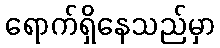
ရောက်ရှိနေသည်မှာ